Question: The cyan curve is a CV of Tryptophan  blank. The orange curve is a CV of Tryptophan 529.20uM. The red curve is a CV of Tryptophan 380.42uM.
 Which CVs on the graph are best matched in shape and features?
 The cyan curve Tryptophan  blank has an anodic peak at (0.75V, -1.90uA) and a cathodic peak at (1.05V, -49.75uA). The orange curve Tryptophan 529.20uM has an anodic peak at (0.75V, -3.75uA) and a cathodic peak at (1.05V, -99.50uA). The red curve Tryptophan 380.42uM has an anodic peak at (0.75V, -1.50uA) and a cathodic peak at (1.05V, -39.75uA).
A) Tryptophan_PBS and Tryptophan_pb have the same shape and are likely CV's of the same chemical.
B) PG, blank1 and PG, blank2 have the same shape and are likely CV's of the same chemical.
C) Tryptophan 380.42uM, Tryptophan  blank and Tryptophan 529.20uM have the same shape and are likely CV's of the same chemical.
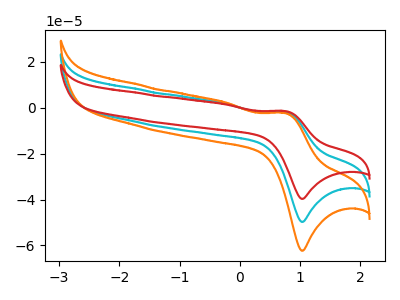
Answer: <think>All the peaks in "Tryptophan  blank" have a peak in "Tryptophan 529.20uM" at the same potential. All the peaks in "Tryptophan  blank" have a peak in "Tryptophan 380.42uM" at the same potential. All the peaks in "Tryptophan 529.20uM" have a peak in "Tryptophan 380.42uM" at the same potential.
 </think>
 <answer>C) "Tryptophan 380.42uM", "Tryptophan  blank" and "Tryptophan 529.20uM" have the same shape and are likely CV's of the same chemical.</answer>
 <eval>C</eval>